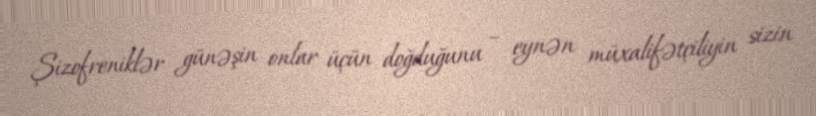
Şizofreniklər günəşin onlar üçün doğduğunu – eynən müxalifətçiliyin sizin